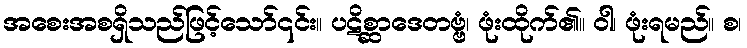
အစေးအစရှိသည်ဖြင့်သော်၎င်း။ ပဋိစ္ဆာဒေတဗ္ဗံ၊ ဖုံးထိုက်၏။ ဝါ၊ ဖုံးရမည်။ စ၊